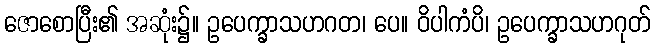
ဇောစောပြီး၏ အဆုံး၌။ ဥပေက္ခာသဟဂတ၊ ပေ။ ဝိပါကံပိ၊ ဥပေက္ခာသဟဂုတ်